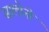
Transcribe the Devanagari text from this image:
सालोनी